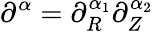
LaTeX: \partial^{\alpha}=\partial_{R}^{\alpha_{1}}\partial_{Z}^{\alpha_{2}}